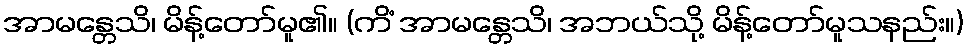
အာမန္တေသိ၊ မိန့်တော်မူ၏။ (ကိံ အာမန္တေသိ၊ အဘယ်သို့ မိန့်တော်မူသနည်း။)